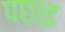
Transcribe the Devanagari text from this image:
पछाइ